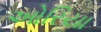
ઓરિયા